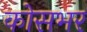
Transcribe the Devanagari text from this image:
कोसभर